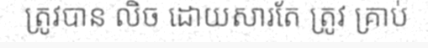
ត្រូវបាន លិច ដោយសារតែ ត្រូវ គ្រាប់